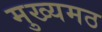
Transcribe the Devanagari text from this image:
मुख्यमठ